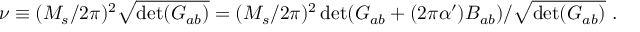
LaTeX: \nu \equiv ( M _ { s } / 2 \pi ) ^ { 2 } \sqrt { \operatorname * { d e t } ( { \cal G } _ { a b } ) } = ( M _ { s } / 2 \pi ) ^ { 2 } \operatorname * { d e t } ( G _ { a b } + ( 2 \pi \alpha ^ { \prime } ) B _ { a b } ) / \sqrt { \operatorname * { d e t } ( { G } _ { a b } ) } ~ .